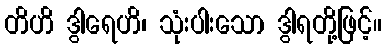
တိဟိ ဒွါရေဟိ၊ သုံးပါးသော ဒွါရတို့ဖြင့်။